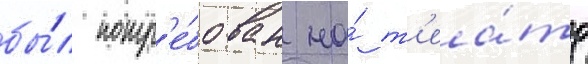
бы́л потр'е́бован на́ т'еа́тр